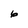
Character: 6